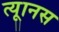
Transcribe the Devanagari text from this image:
त्यूानस